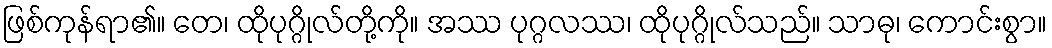
ဖြစ်ကုန်ရာ၏။ တေ၊ ထိုပုဂ္ဂိုလ်တို့ကို။ အဿ ပုဂ္ဂလဿ၊ ထိုပုဂ္ဂိုလ်သည်။ သာဓု၊ ကောင်းစွာ။